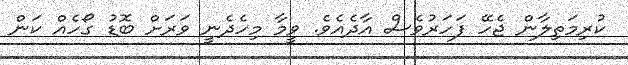
ކުރިމަތިލާން ޖެހޭ ފަހަރުވެސް އާދެއެވެ. ވީމާ މިހެދެނީ ވަރަށް ބޮޑު ގޯހެއް ކަން